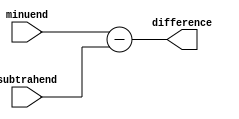
module subtractor (
    input wire [7:0] minuend,
    input wire [7:0] subtrahend,
    output wire [7:0] difference
);

assign difference = minuend - subtrahend;

endmodule